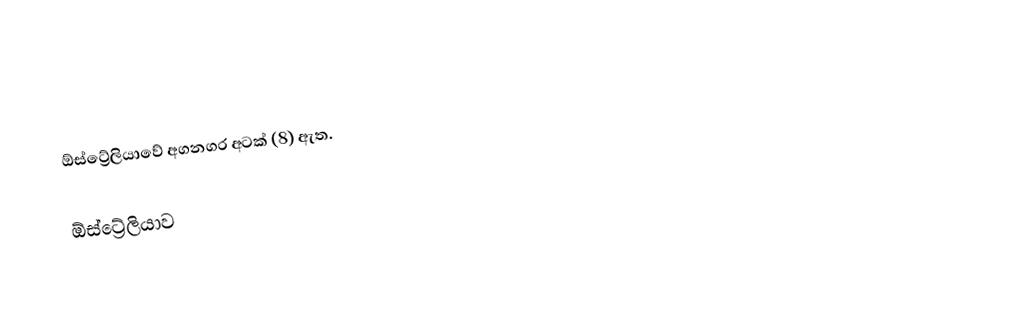
ඕස්ට්‍රේලියාවේ අගනගර අටක් (8) ඇත.

ඕස්ට්‍රේලියාව